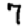
Digit: 7